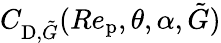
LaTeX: C_{\textup{D},\tilde{G}}(Re_{\textup{p}},\theta,\alpha,\tilde{G})